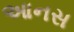
આનસ